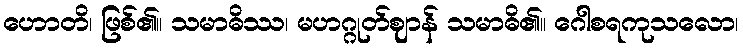
ဟောတိ၊ ဖြစ်၏။ သမာဓိဿ၊ မဟဂ္ဂုတ်ဈာန် သမာဓိ၏။ ဂေါစရကုသလော၊